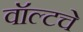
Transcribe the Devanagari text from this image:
वॉल्टचे